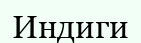
Индиги